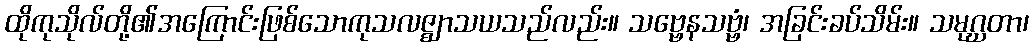
ထိုကုသိုလ်တို့၏အကြောင်းဖြစ်သောကုသလဇ္ဈာသယသည်လည်း။ သဗ္ဗေနသဗ္ဗံ၊ အခြင်းခပ်သိမ်း။ သမုဂ္ဃတာ၊